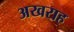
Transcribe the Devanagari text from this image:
अखराह